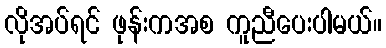
လိုအပ်ရင် ဖုန်းကအစ ကူညီပေးပါမယ်။